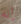
إنه